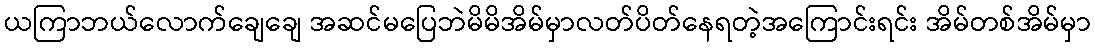
ယကြာဘယ်လောက်ချေချေ အဆင်မပြေဘဲမိမိအိမ်မှာလတ်ပိတ်နေရတဲ့အကြောင်းရင်း အိမ်တစ်အိမ်မှာ